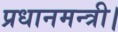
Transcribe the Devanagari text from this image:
प्रधानमन्त्री।